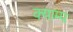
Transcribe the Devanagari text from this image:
क्याम्प